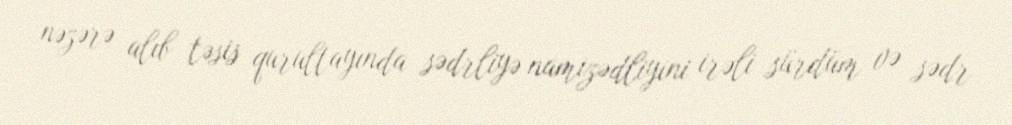
nəzərə alıb təsis qurultayında sədrliyə namizədliyini irəli sürdüm və sədr